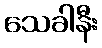
သေခါနီး